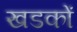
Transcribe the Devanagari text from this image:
खडकों